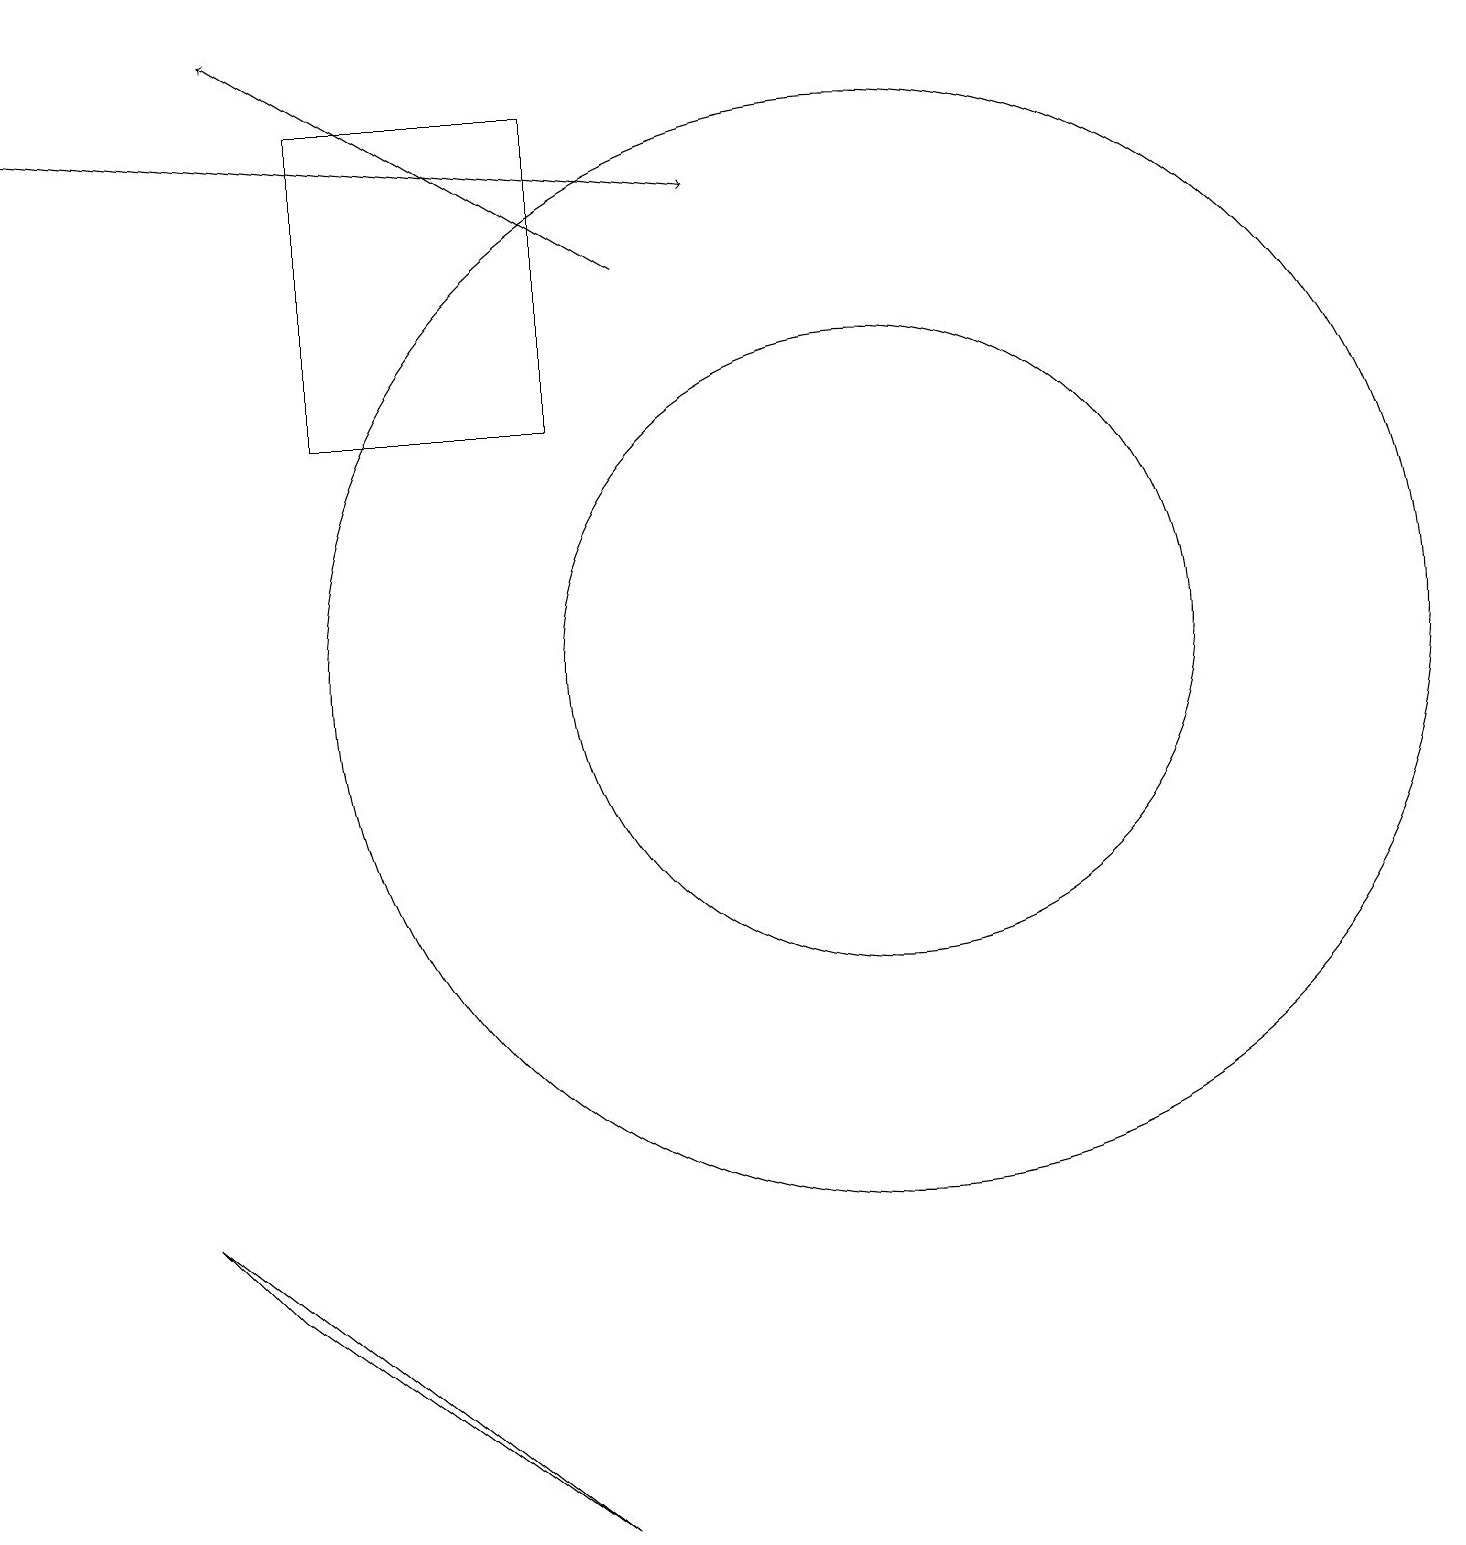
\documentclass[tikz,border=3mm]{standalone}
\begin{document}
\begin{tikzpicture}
\draw[->] (0,18) -- (9,17);
\draw (11,11) circle (4);
\draw[->] (8,16) -- (3,19);
\draw (7,18) rectangle (4,14);
\draw (11,11) circle (7);
\draw (3,3) -- (2,4) -- (7,0) -- cycle;
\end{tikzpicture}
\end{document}